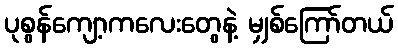
ပုစွန်ကျော့ကလေးတွေနဲ့ မျှစ်ကြော်တယ်